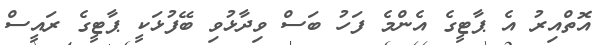
އޮތްއިރު އެ ޕާޓީގެ އެންމެ ފަހު ބަސް ވިދާޅުވި ބޭފުޅަކީ ޕާޓީގެ ރައީސް